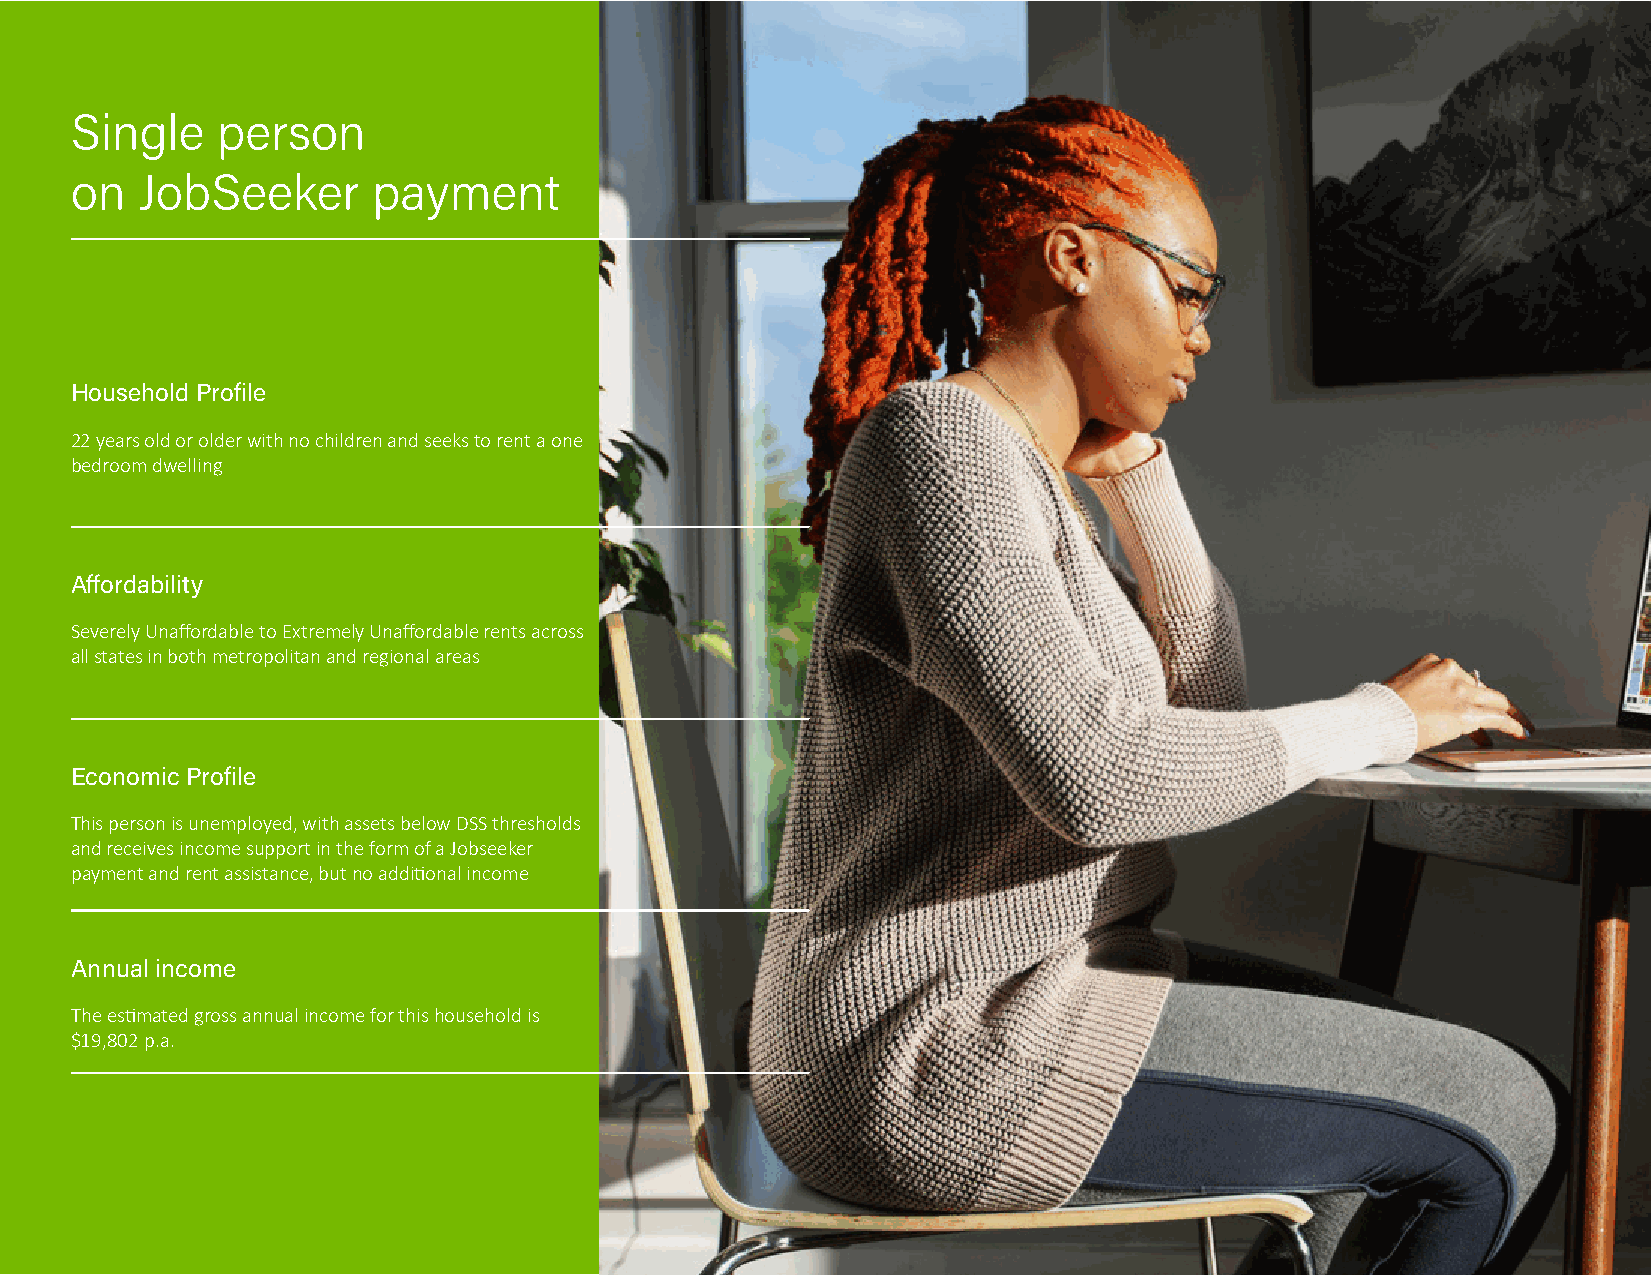
Single   person
 on  JobSeeker       payment
 Household Profile
 22 years old or older with no children and seeks to rent a one
 bedroom dwelling
 Affordability
 Severely Unaffordable to Extremely Unaffordable rents across
 all states in both metropolitan and regional areas
 Economic Profile
 This person is unemployed, with assets below DSS thresholds
 and receives income support in the form of a Jobseeker
 payment and rent assistance, but no additional income
 Annual income
 The estimated gross annual income for this household is
 $19,802 p.a.
 10   RENTAL AFFORDABILITY INDEX